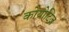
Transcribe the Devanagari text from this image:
कोयोटिज़